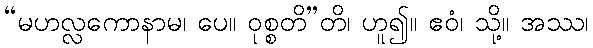
“မဟလ္လကောနာမ၊ ပေ။ ဝုစ္စတိ”တိ၊ ဟူ၍။ ဧဝံ၊ သို့။ အဿ၊